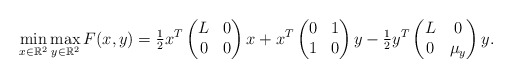
\begin{align*}\min_{x\in \mathbb{R}^2}\max_{y\in \mathbb{R}^2} F(x, y)=\tfrac{1}{2}x^T\begin{pmatrix}L & 0\\0& 0\end{pmatrix}x+x^T\begin{pmatrix} 0 & 1 \\ 1 & 0 \end{pmatrix}y-\tfrac{1}{2}y^T\begin{pmatrix}L & 0\\0&\mu_y\end{pmatrix}y.\end{align*}